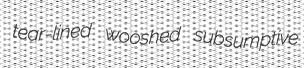
tear-lined wooshed subsumptive